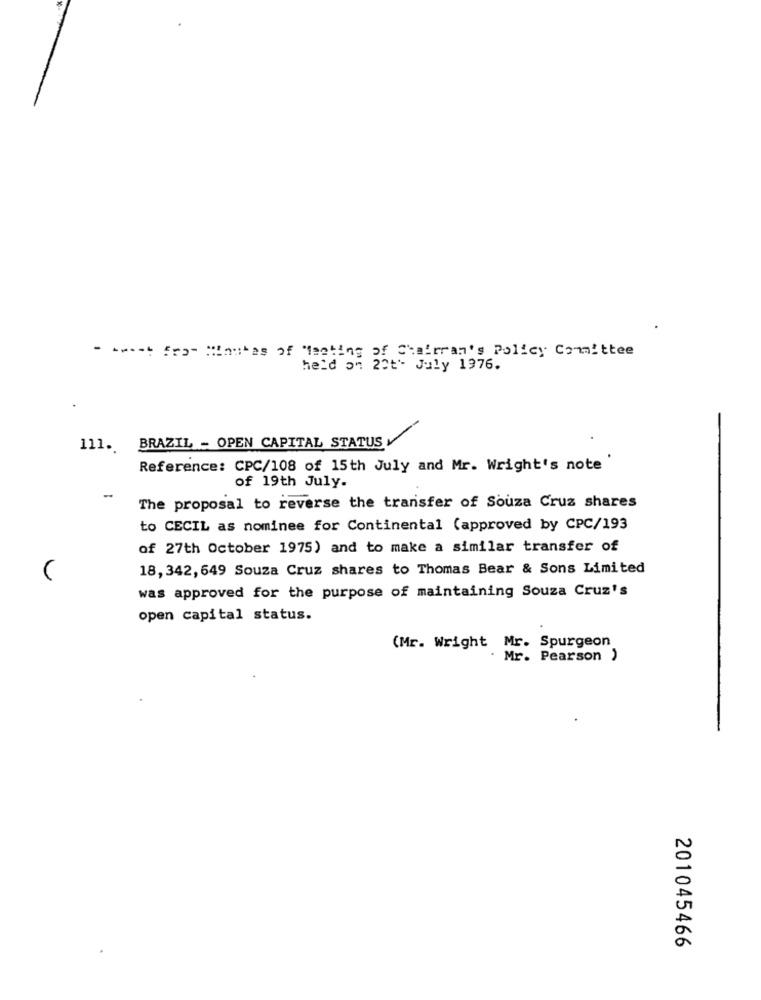
- swast fra- Washes of "lenking of Chairman's Policy Committee
held on 20th July 1976.
111. BRAZIL - OPEN CAPITAL STATUS
Reference: CPC/108 of 15th July and Mr. Wright's note'
of 19th July.
-
The proposal to reverse the transfer of Souza Cruz shares
to CECIL as nominee for Continental (approved by CPC/193
of 27th October 1975) and to make a similar transfer of
18, 342, 649 Souza Cruz shares to Thomas Bear & Sons Limited
was approved for the purpose of maintaining Souza Cruz's
open capital status.
(Mr. Wright Mr. Spurgeon
. Mr. Pearson )
201045466